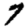
Digit: 7